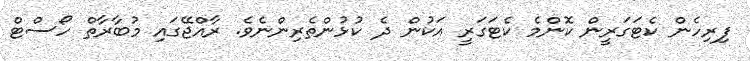
ފިރިހެން ކެޓަގަރީން ކޮންމެ ކެޓަގަރީ އަކުން ދެ ކުޅުންތެރިންނެވެ. ރާއްޖޭގައި މުބާރާތް ހޯސްޓް